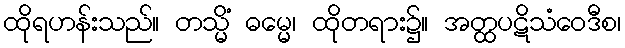
ထိုရဟန်းသည်။ တသ္မိံ ဓမ္မေ၊ ထိုတရား၌။ အတ္ထပဋိသံဝေဒီစ၊